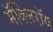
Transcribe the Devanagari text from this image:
मॅक्लिरॉय